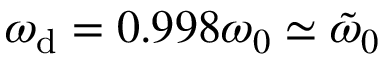
\omega _ { \mathrm { d } } = 0 . 9 9 8 \omega _ { 0 } \simeq \tilde { \omega } _ { 0 }